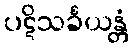
ပဋိသင်္ခယန္တံ